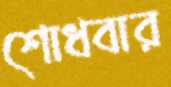
শোধবার